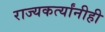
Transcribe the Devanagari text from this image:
राज्यकर्त्यांनीही